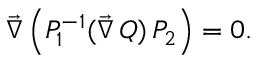
\vec { \nabla } \, \Bigl ( P _ { 1 } ^ { - 1 } ( \vec { \nabla } \, Q ) \, P _ { 2 } \Bigr ) = 0 .